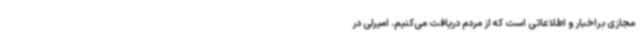
مجازی براخبار و اطلاعاتی است که از مردم دریافت می‌کنیم. امیرلی در